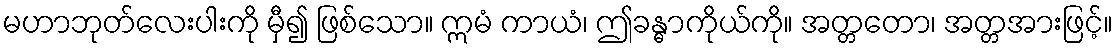
မဟာဘုတ်လေးပါးကို မှီ၍ ဖြစ်သော။ ဣမံ ကာယံ၊ ဤခန္ဓာကိုယ်ကို။ အတ္တတော၊ အတ္တအားဖြင့်။